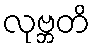
လုဗ္ဘတိ